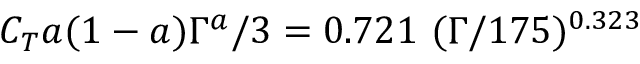
C _ { T } a ( 1 - a ) \Gamma ^ { a } / 3 = 0 . 7 2 1 \ ( \Gamma / 1 7 5 ) ^ { 0 . 3 2 3 }